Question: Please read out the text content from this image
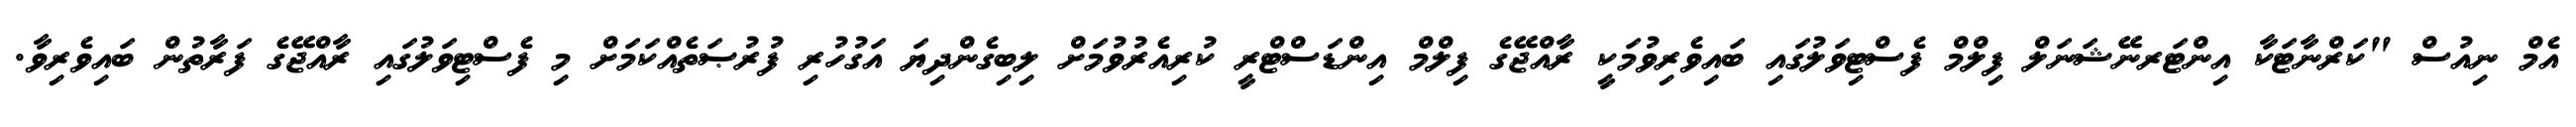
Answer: އެމް ނިއުސް "ކަރްނާޓަކާ އިންޓަރނޭޝަނަލް ފިލްމް ފެސްޓިވަލުގައި ބައިވެރިވުމަކީ ރާއްޖޭގެ ފިލްމް އިންޑަސްޓްރީ ކުރިއެރުވުމަށް ލިބިގެންދިޔަ އަގުހުރި ފުރުޞަތެއްކަމަށް މި ފެސްޓިވަލުގައި ރާއްޖޭގެ ފަރާތުން ބައިވެރިވާ.